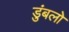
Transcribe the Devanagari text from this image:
डुंबलो